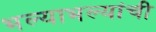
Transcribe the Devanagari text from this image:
भल्याभल्यांची